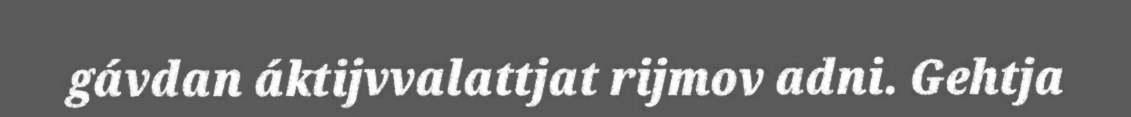
gávdan áktijvvalattjat rijmov adni. Gehtja